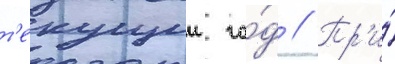
т'екущии го́д // Пр'и́